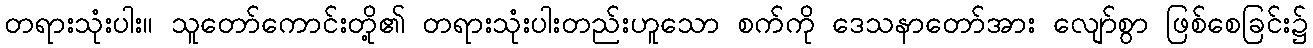
တရားသုံးပါး။ သူတော်ကောင်းတို့၏ တရားသုံးပါးတည်းဟူသော စက်ကို ဒေသနာတော်အား လျော်စွာ ဖြစ်စေခြင်း၌